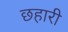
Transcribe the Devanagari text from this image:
छहारी